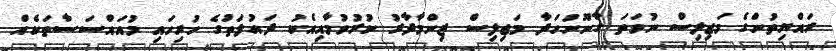
ރައްޔިތުންގެ މަޖިލިސް ނުވަތަ ގާނޫނުހަދާ މަޖިލިސް ޒިންމާދާރު ކުރުވުމާއިއެކު ދައުލަތުގެ ހުރިހައި މުއައްސަސާތަކެއް